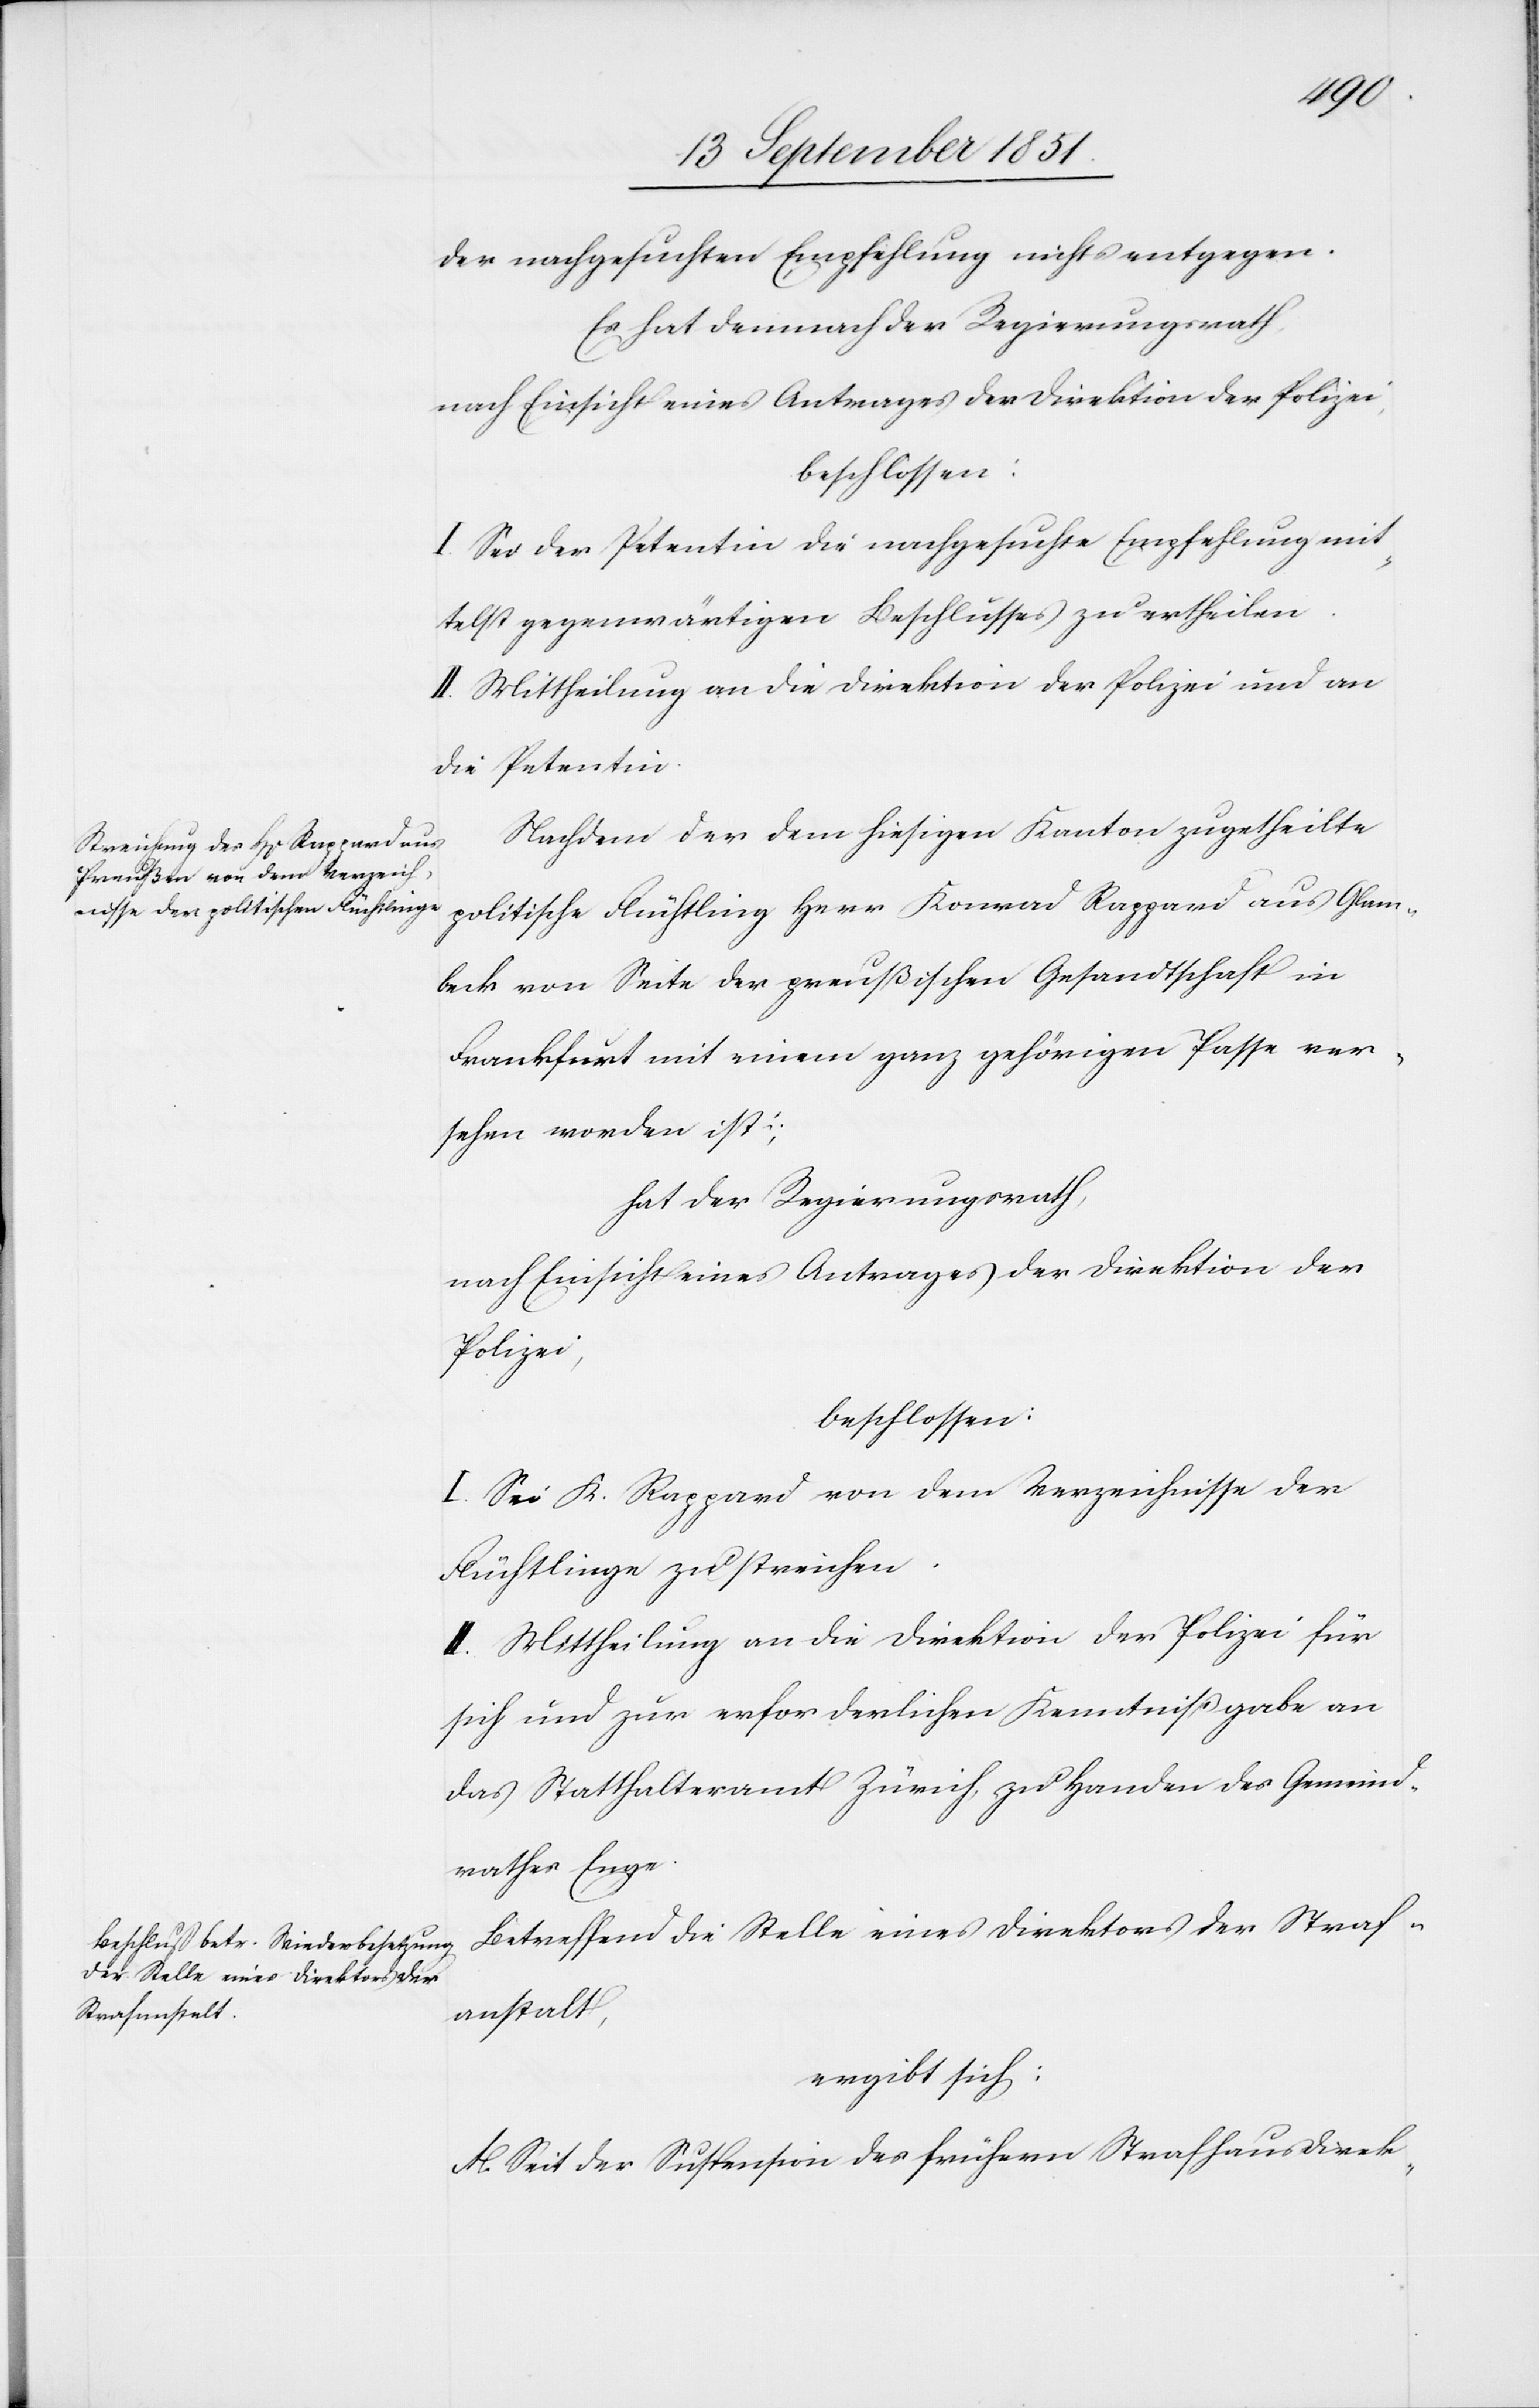
der nachgesuchten Empfehlung nichts entgegen.
Es hat demnach der Regierungsrath,
nach Einsicht eines Antrages der Direktion der Polizei,
beschlossen:
I. Sei der Petentin die nachgesuchte Empfehlung mit¬
telst gegenwärtigen Beschlusses zu ertheilen.
II. Mittheilung an die Direktion der Polizei und an
die Petentin.
Nachdem der dem hiesigen Kanton zugetheilte
politische Flüchtling Herr Konrad Rappard aus Glam¬
beck von Seite der preußischen Gesandtschaft in
Frankfurt mit einem ganz gehörigen Passe ver¬
sehen worden ist;
hat der Regierungsrath,
nach Einsicht eines Antrages der Direktion der
Polizei,
beschlossen:
I. Sei K. Rappard von dem Verzeichnisse der
Flüchtlinge zu streichen.
II. Mittheilung an die Direktion der Polizei für
sich und zur erforderlichen Kenntnißgabe an
das Statthalteramt Zürich, zu Handen des Gemeind¬
rathes Enge.
Betreffend die Stelle eines Direktors der Straf¬
anstalt,
ergibt sich:
A. Seit der Suspension des frühern Strafhausdirek-